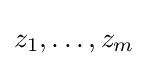
z_{1},\ldots ,z_{m}